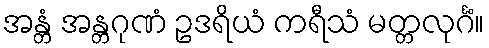
အန္တံ အန္တဂုဏံ ဥဒရိယံ ကရီသံ မတ္တလုင်္ဂံ။